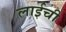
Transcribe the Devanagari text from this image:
लाईची